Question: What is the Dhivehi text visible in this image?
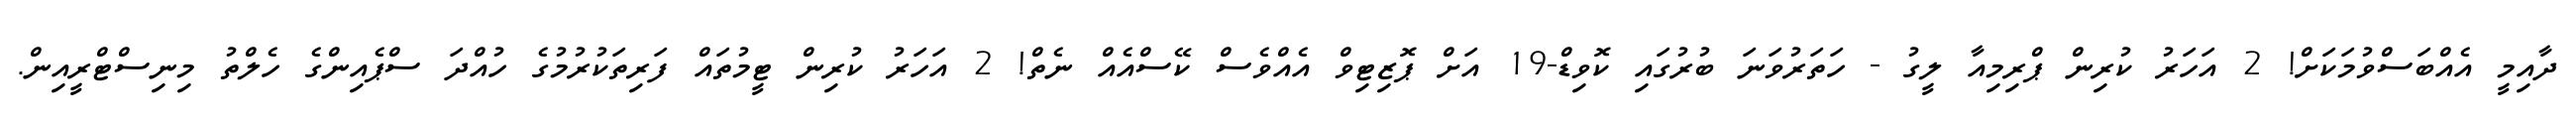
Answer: ދާއިމީ އެއްބަސްވުމަކަށް! 2 އަހަރު ކުރިން ޕްރިމިއާ ލީގު - ހަތަރުވަނަ ބުރުގައި ކޮވިޑް-19 އަށް ޕޮޒިޓިވް އެއްވެސް ކޭސްއެއް ނެތް! 2 އަހަރު ކުރިން ޓީމުތައް ފަރިތަކުރުމުގެ ހުއްދަ ސްޕެއިންގެ ހެލްތު މިނިސްޓްރީއިން.